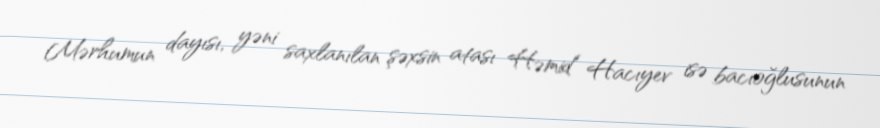
Mərhumun dayısı, yəni saxlanılan şəxsin atası Həmid Hacıyev isə bacıoğlusunun